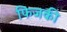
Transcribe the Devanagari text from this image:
फिजकी